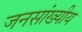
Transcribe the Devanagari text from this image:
जनसांख्यीय